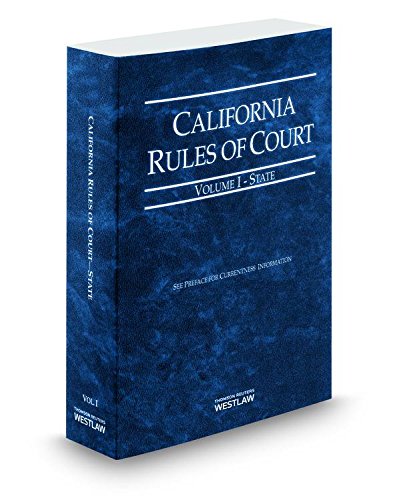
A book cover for California Rules of Court State 2014 (California Rules of Court. State and Federal); Thomson West; Law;